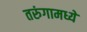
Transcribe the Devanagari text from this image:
तरुंगामध्ये